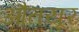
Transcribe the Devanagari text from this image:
औतयूर